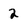
Character: 2